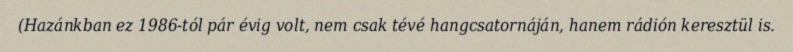
(Hazánkban ez 1986-tól pár évig volt, nem csak tévé hangcsatornáján, hanem rádión keresztül is.